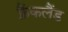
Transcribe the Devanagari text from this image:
फ़्रैंकलैंड